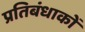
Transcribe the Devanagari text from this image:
प्रतिबंधाकों